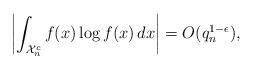
LaTeX: \begin{align*}\biggl|\int_{\mathcal{X}_n^c} f(x) \log f(x) \, dx\biggr| = O(q_n^{1-\epsilon}),\end{align*}